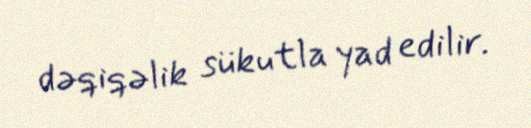
dəqiqəlik sükutla yad edilir.